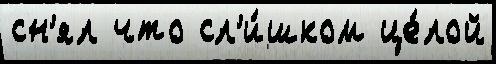
сн'ял что сл'и́шком це́лой